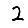
Digit: 2